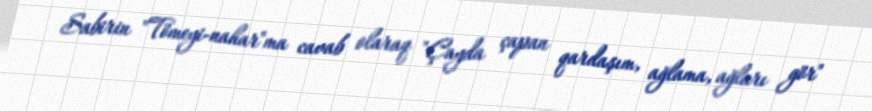
Sabirin "Tömeyi-nahar"ma cavab olaraq "Çayda çapan qardaşım, ağlama, ağları gör"